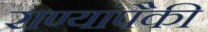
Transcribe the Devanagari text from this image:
राण्यांपैकी